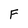
Character: F